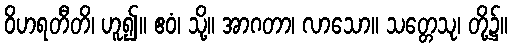
ဝိဟရတီတိ၊ ဟူ၍။ ဧဝံ၊ သို့။ အာဂတာ၊ လာသော။ သတ္တေသု၊ တို့၌။